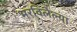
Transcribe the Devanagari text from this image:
भरविलेल्या